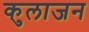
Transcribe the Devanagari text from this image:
कुलाजन